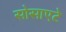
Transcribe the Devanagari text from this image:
सोसाएटे